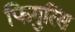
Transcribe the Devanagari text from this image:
फिगुरिंस